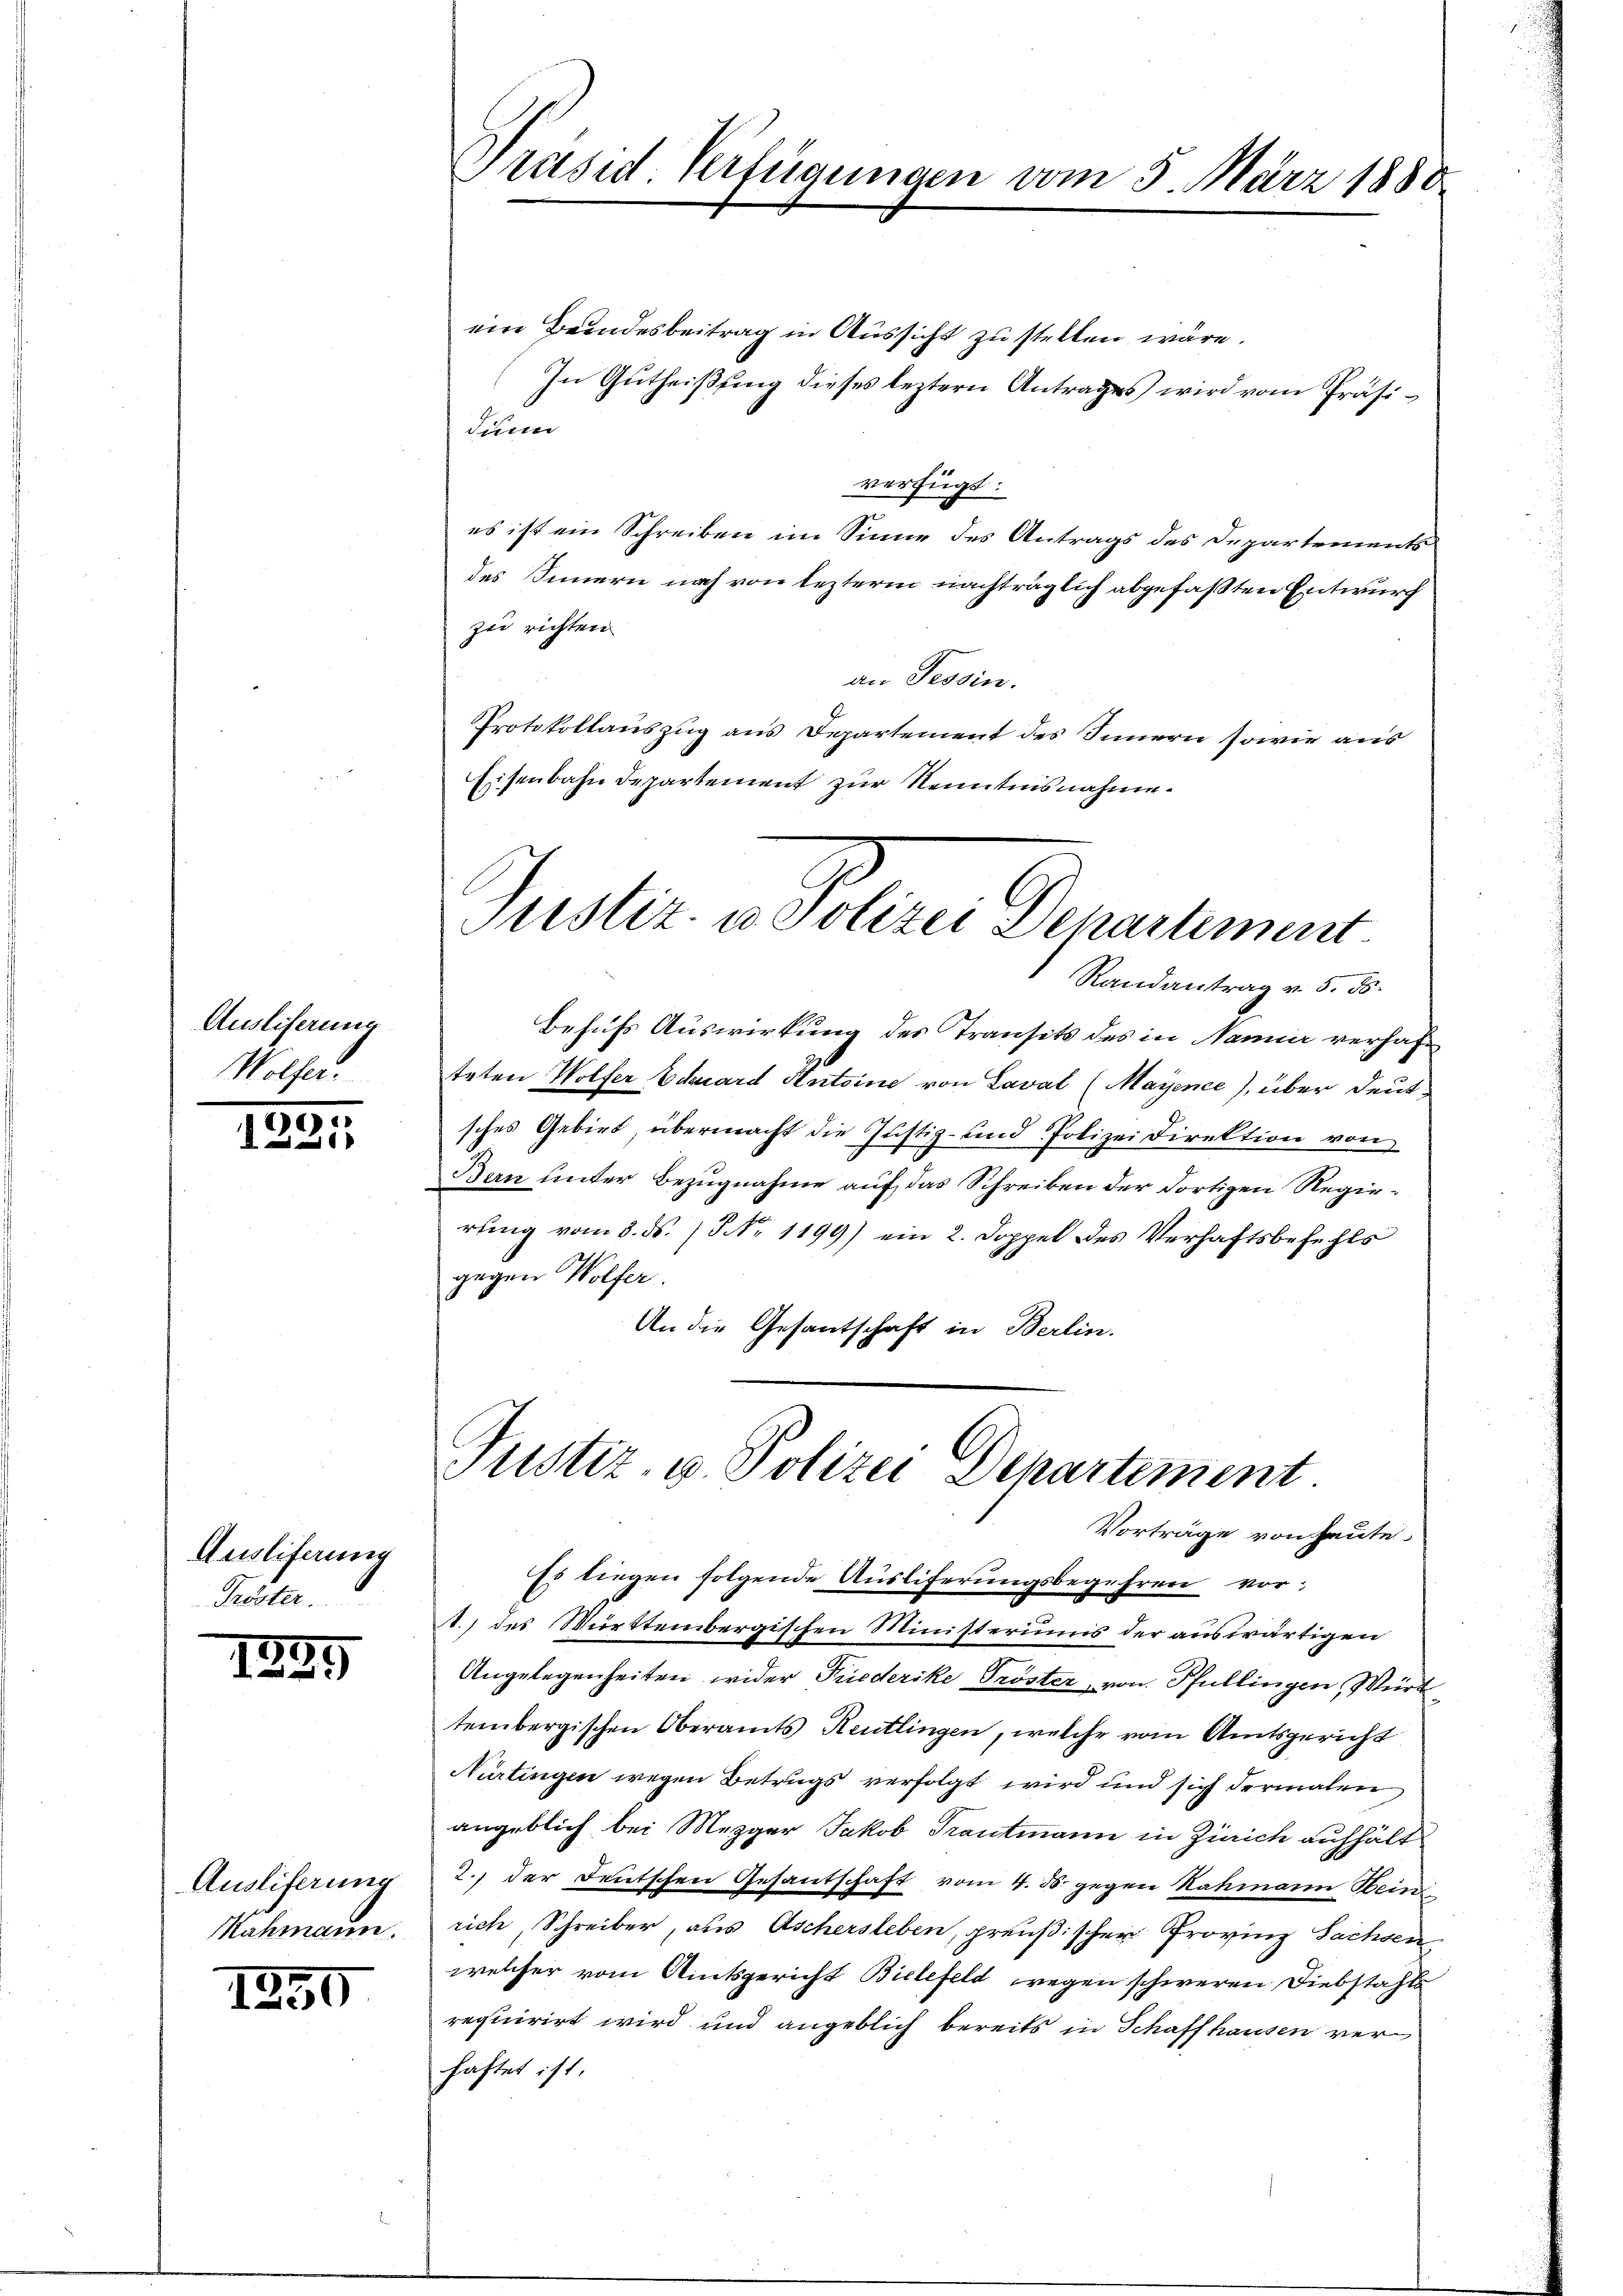
Auslieferung
Wolfer.

1835.

Ausliferung
Tröster.

5
25)

Ausliferung
Kahmann.

1950

ein Beindesbeitrag in Aussicht zu stellen wäre.
In Gutheißung dieses leztern Antrages wird vom Präsi¬
Sinn
verfügt:
es ist ein Schreiben im Sinne des Antrags des Departements
des Innern noch von lezterm nachträglich abgefaßten Entwurf
zu richten
an Tessin.
Protokollauszug aus Departement des Innern sowie aus
Eisenbahn Departement zur Kenntnisnahme.

Präsid Verfügungen vom 5. März 1880

Justiz- & Polizei Denartement
Randantrag v. 5. ds.

Behufs Auswirkung des Transits des in Namier verhafteten Wolfer Eduard Antoine von Laval (Mayence), über deutsches Gebirt, übermacht die Justiz- und Polizei Direktion von
Bern unter Bezugnahme auf das Schreiben der dortigen Regierung vom 5. ds. / Nr. 1199) ein 2. Doppel des Verhaftsbefehls
gegen Wolfer.
An die Gesantschaft in Berlin.

Justiz- u Polizei Departement.
Vorträge von heute.

Es liegen folgende Ausliferungsbegehren vor¬
1.) des Württembergischen Ministerums der auswärtigen
Angelegenheiten wider Friederike Tröster, von Pfullingen, Württembergischen Oberamts Reutlingen, welche vom Amtsgericht
Nürtingen wegen Betrugs verfolgt wird und sich dermalen
angeblich bei Mezger Jakob Trautmann in Zürich aufhält
2. der Deutschen Gesantschaft vom 4. d. gegen Rahmann Hein
rich, Schreiber, aus Aschersleben, preußischer Provinz Sachsen
welcher vom Amtsgericht Bielefeld wegen schweren Diebstahls
requirirt wird und angeblich bereits in Schaffhausen verhaftet ist.